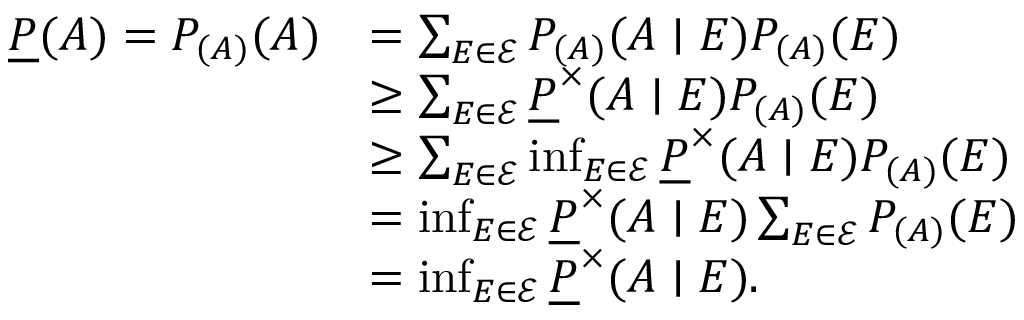
\begin{array} { r l } { \underline { { P } } ( A ) = P _ { ( A ) } ( A ) } & { = \sum _ { E \in \mathcal { E } } P _ { ( A ) } ( A \mid E ) P _ { ( A ) } ( E ) } \\ & { \geq \sum _ { E \in \mathcal { E } } \underline { { P } } ^ { \times } ( A \mid E ) P _ { ( A ) } ( E ) } \\ & { \geq \sum _ { E \in \mathcal { E } } \operatorname* { i n f } _ { E \in \mathcal { E } } \underline { { P } } ^ { \times } ( A \mid E ) P _ { ( A ) } ( E ) } \\ & { = \operatorname* { i n f } _ { E \in \mathcal { E } } \underline { { P } } ^ { \times } ( A \mid E ) \sum _ { E \in \mathcal { E } } P _ { ( A ) } ( E ) } \\ & { = \operatorname* { i n f } _ { E \in \mathcal { E } } \underline { { P } } ^ { \times } ( A \mid E ) . } \end{array}